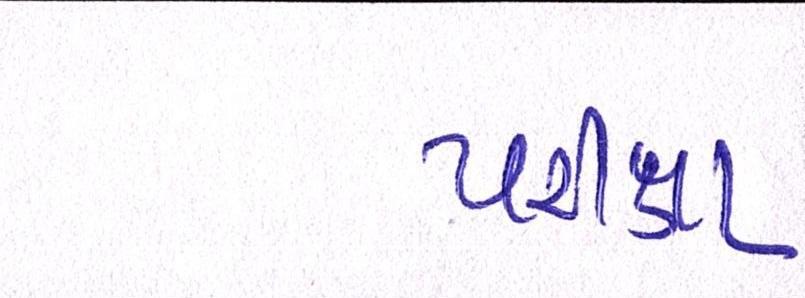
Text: પરીક્ષા